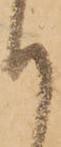
り